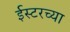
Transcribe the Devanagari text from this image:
ईस्टरच्या